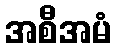
အစီအမံ